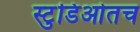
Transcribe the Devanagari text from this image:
स्टुडिओतच